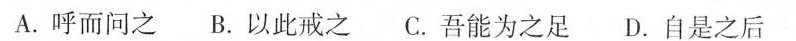
A.呼而问之 B.以此戒之 C.吾能为之足 D.自是之后